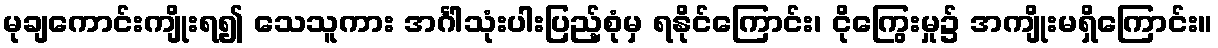
မုချကောင်းကျိုးရ၍ သေသူကား အင်္ဂါသုံးပါးပြည့်စုံမှ ရနိုင်ကြောင်း၊ ငိုကြွေးမှု၌ အကျိုးမရှိကြောင်း။